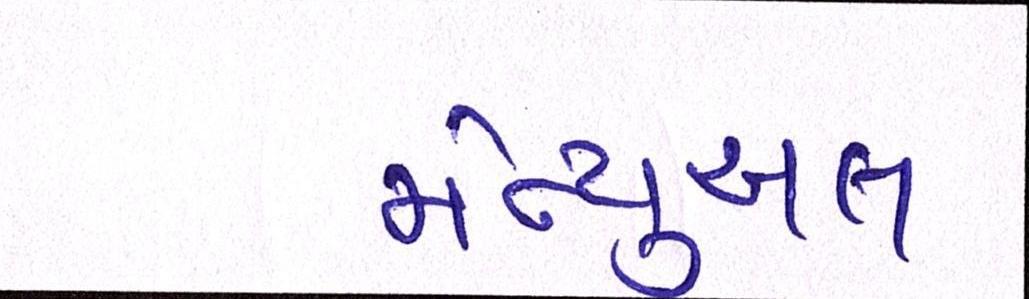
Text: મેન્યુઅલ